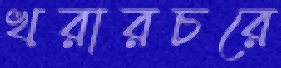
খরারচরে